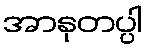
အာနုတပ္ပါ